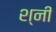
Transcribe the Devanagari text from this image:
श्नी